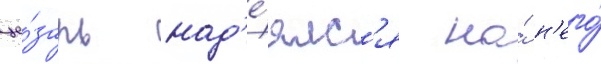
це́зарь над'е́ялс'я на́ н'его́